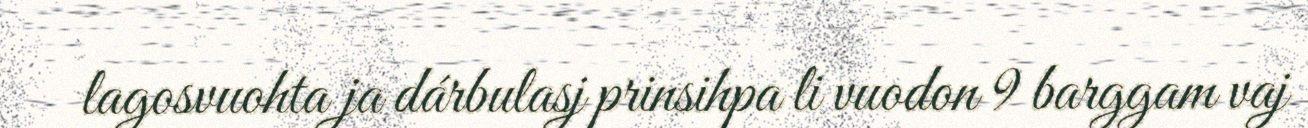
lagosvuohta ja dárbulasj prinsihpa li vuodon 9 barggam vaj